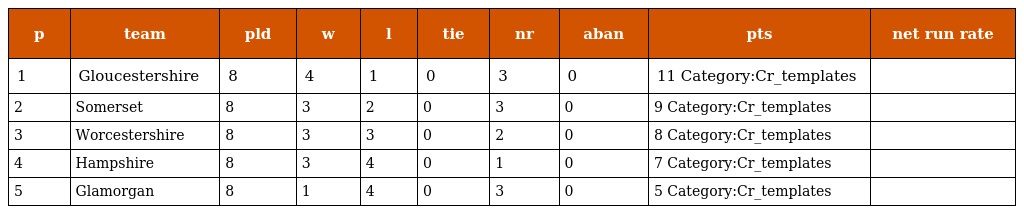
| p | team | pld | w | l | tie | nr | aban | pts | net run rate |
 | --- | --- | --- | --- | --- | --- | --- | --- | --- | --- |
 | 1 | Gloucestershire | 8 | 4 | 1 | 0 | 3 | 0 | 11 Category:Cr_templates |  |
 | 2 | Somerset | 8 | 3 | 2 | 0 | 3 | 0 | 9 Category:Cr_templates |  |
 | 3 | Worcestershire | 8 | 3 | 3 | 0 | 2 | 0 | 8 Category:Cr_templates |  |
 | 4 | Hampshire | 8 | 3 | 4 | 0 | 1 | 0 | 7 Category:Cr_templates |  |
 | 5 | Glamorgan | 8 | 1 | 4 | 0 | 3 | 0 | 5 Category:Cr_templates |  |